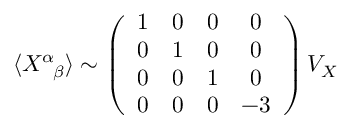
\langle X ^ { \alpha } { } _ { \! \beta } \rangle \sim \left( \begin{array} { c c c c } { { 1 } } & { { 0 } } & { { 0 } } & { { 0 } } \\ { { 0 } } & { { 1 } } & { { 0 } } & { { 0 } } \\ { { 0 } } & { { 0 } } & { { 1 } } & { { 0 } } \\ { { 0 } } & { { 0 } } & { { 0 } } & { { - 3 } } \end{array} \right) V _ { X }